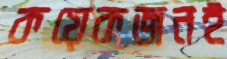
কয়েকজনই